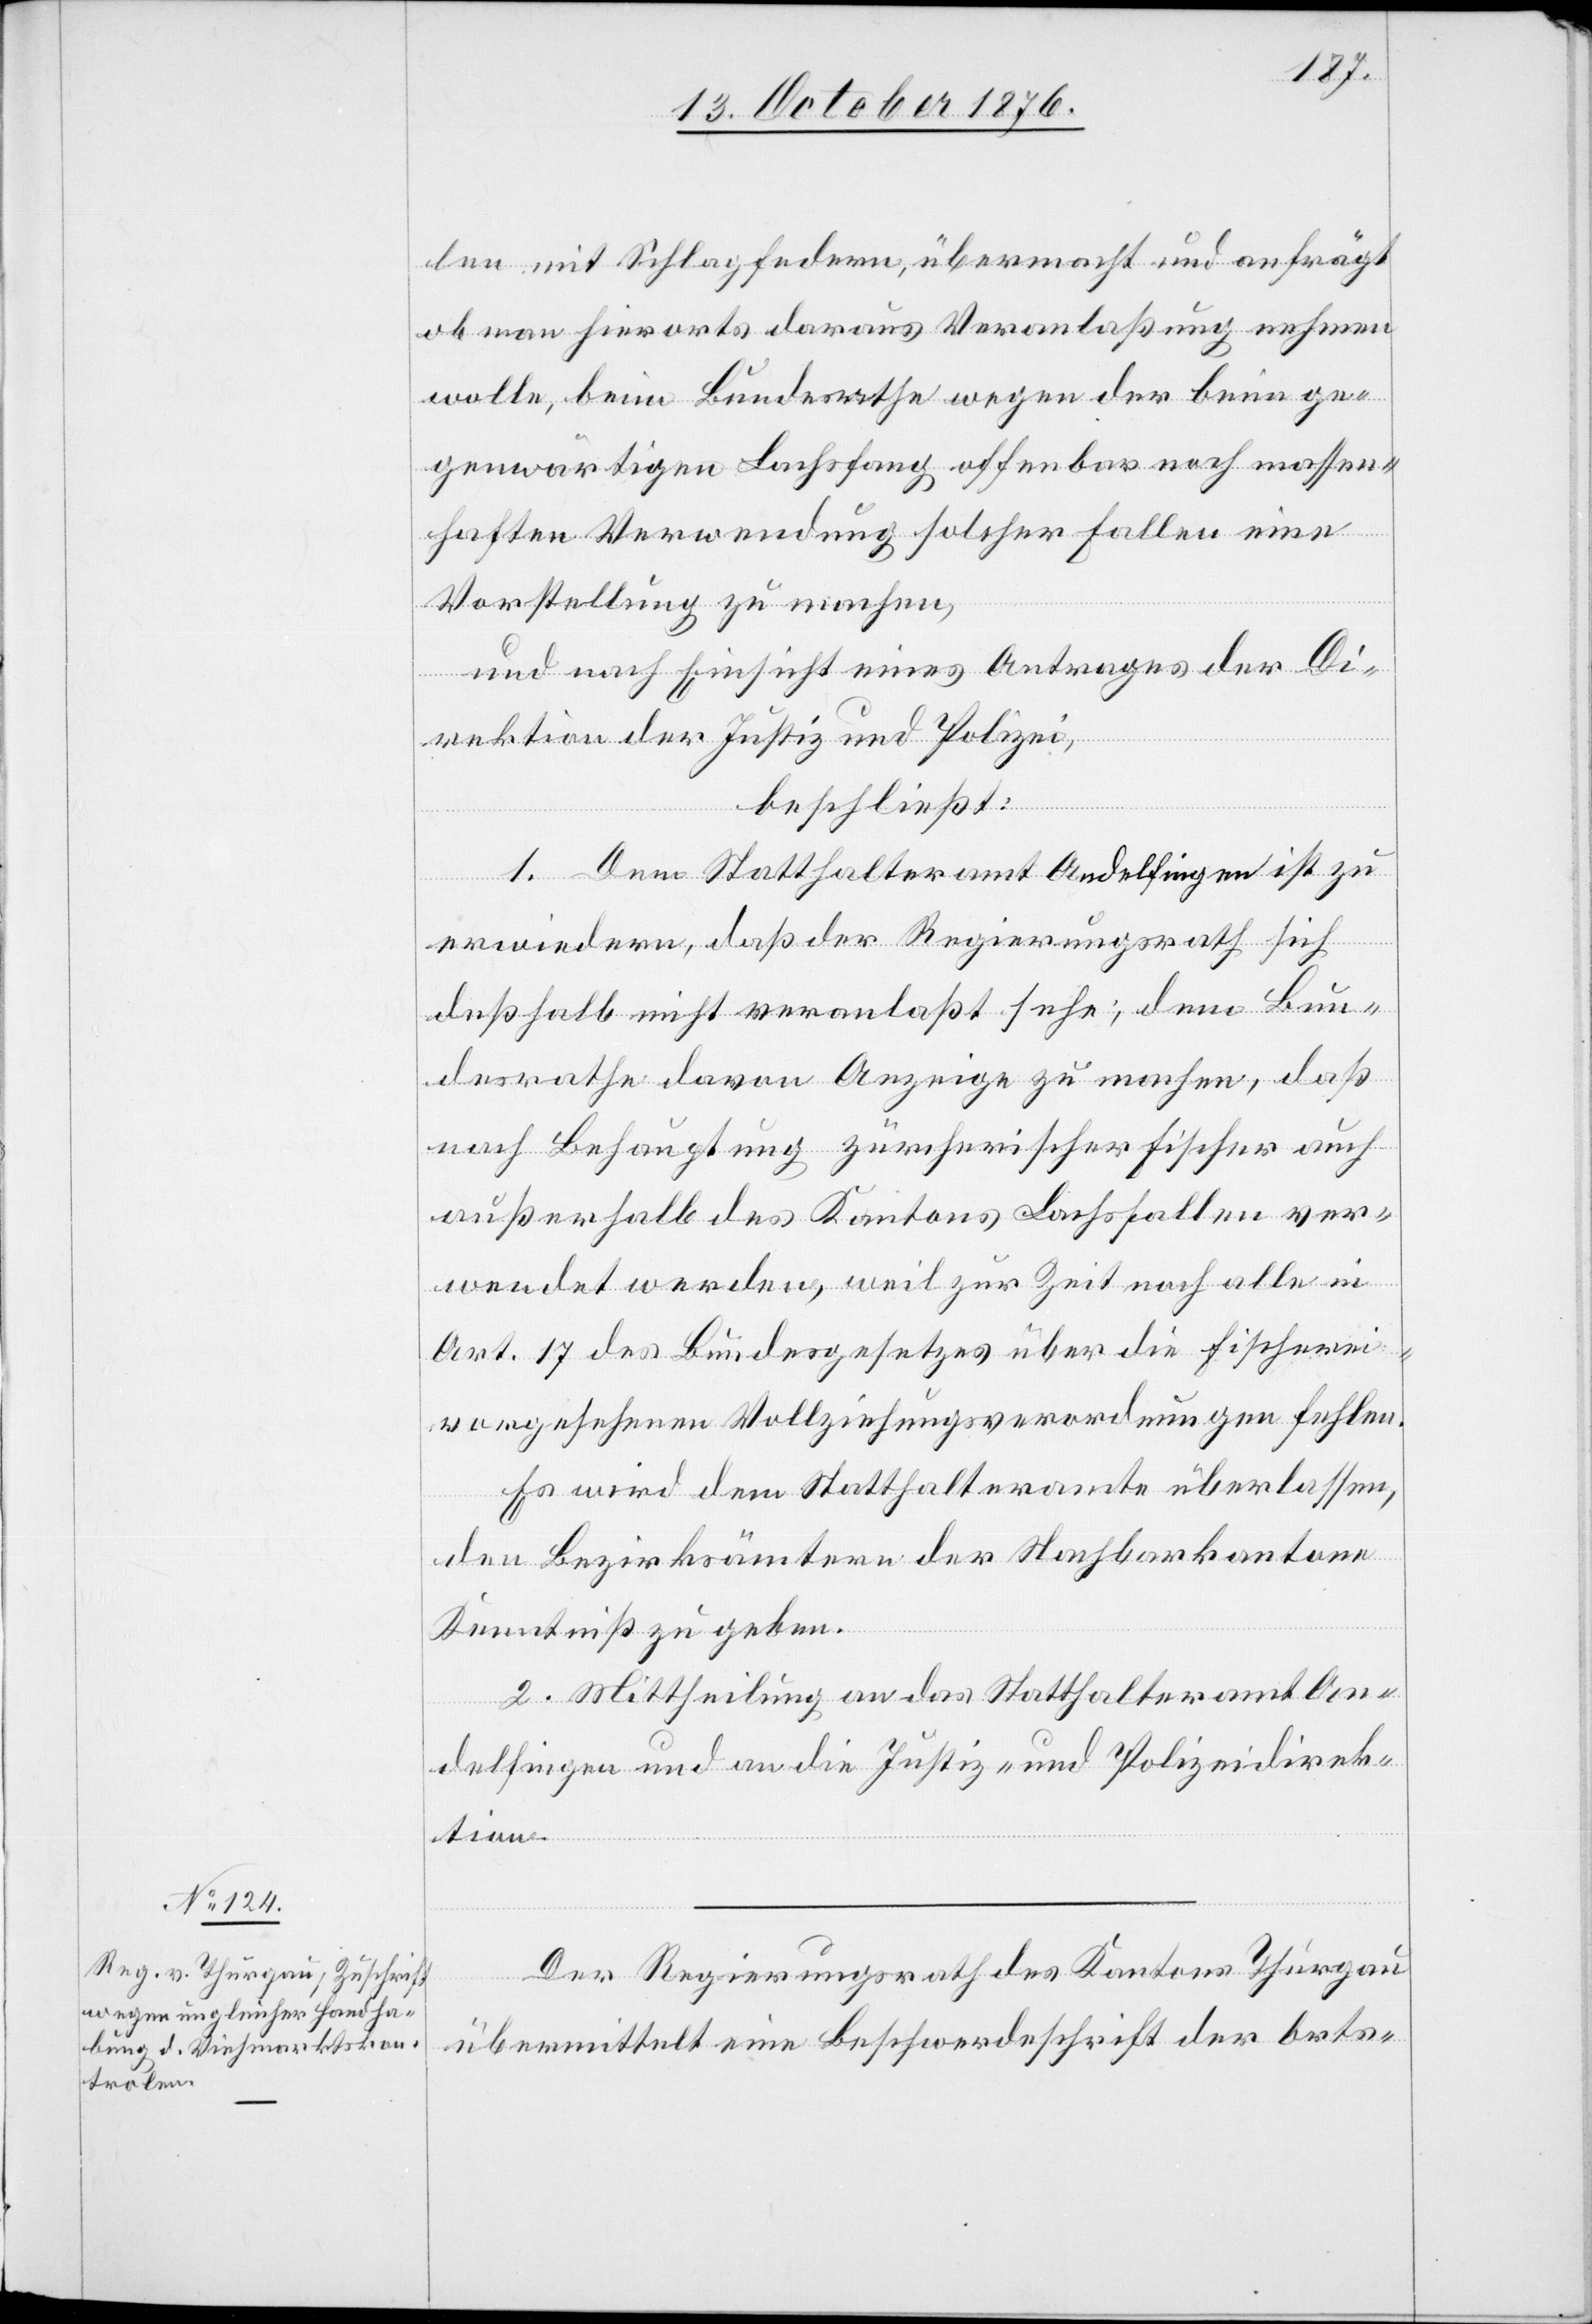
len mit Schlagfedern, übermacht und anfrägt
ob man hierorts daraus Veranlaßung nehmen
wolle, beim Bundesrathe wegen der beim ge¬
genwärtigen Lachsfang offenbar noch massen¬
haften Verwendung solcher Fallen eine
Vorstellung zu machen,
und nach Einsicht eines Antrages der Di¬
rektion der Justiz und Polizei,
beschließt:
1. Dem Statthalteramt Andelfingen ist zu
erwiedern, daß der Regierungsrath sich
deßhalb nicht veranlaßt sehe, dem Bun¬
desrathe davon Anzeige zu machen, daß
nach Behauptung zürcherischer Fischer auch
außerhalb des Kantons Lachsfallen ver¬
wendet werden, weil zur Zeit noch alle in
Art. 17 des Bundesgesetzes über die Fischerei
vorgesehenen Vollziehungsverordnungen fehlen.
Es wird dem Statthalteramte überlassen,
den Bezirksämtern der Nachbarkantone
Kenntniß zu geben.
2. Mittheilung an das Statthalteramt An¬
delfingen und an die Justiz- und Polizeidirek¬
tion.
Der Regierungsrath des Kantons Thurgau
übermittelt eine Beschwerdeschrift der Orts-